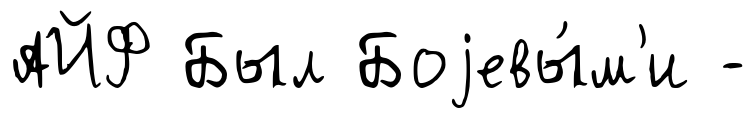
АЙФ Был Боjевы́м'и -